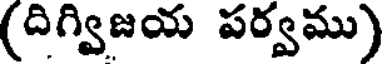
(దిగ్విజయ పర్వము)